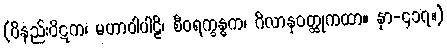
(ဝိနည်းပိဋက၊ မဟာဝါပါဠိ၊ စီဝရက္ခန္ဓက၊ ဂိလာနဝတ္ထုကထာ။ နှာ-၄၁၇။)